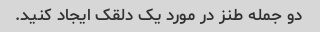
دو جمله طنز در مورد یک دلقک ایجاد کنید.